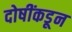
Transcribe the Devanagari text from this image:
दोषींकडून